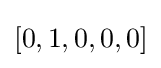
[0,1,0,0,0]